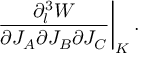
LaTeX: \left. { \frac { \partial _ { l } ^ { 3 } W } { \partial J _ { A } \partial J _ { B } \partial J _ { C } } } \right| _ { K } .